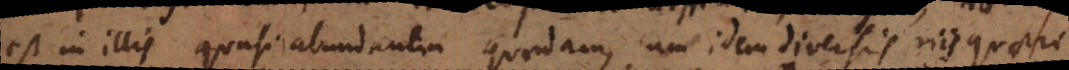
est in illis quasi abundantia quaedam, cum idem diversis viis quaeri